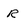
Character: R